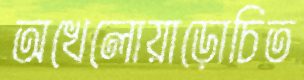
অখেলোয়াড়োচিত